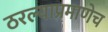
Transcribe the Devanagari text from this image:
ठरल्याप्रमाणेच